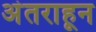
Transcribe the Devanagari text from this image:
अंतराहून